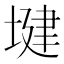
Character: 𫮑